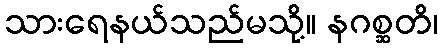
သားရေနယ်သည်မသို့။ နဂစ္ဆတိ၊